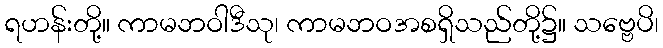
ရဟန်းတို့။ ကာမဘဝါဒီသု၊ ကာမဘဝအစရှိသည်တို့၌။ သဗ္ဗေပိ၊